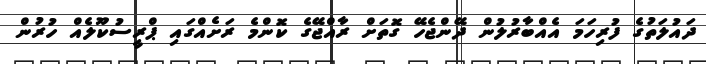
ދައުލަތުގެ ފުރިހަމަ އެއްބާރުލުން ދޭންޖެހޭ ގޮތަށް ރާއްޖޭގެ ކޮންމެ ރަށެއްގައި ޕްރީސުކޫލެއް ހުރުން